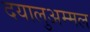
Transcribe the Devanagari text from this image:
दयालुअम्मल